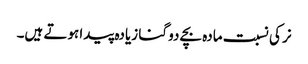
نر کی نسبت مادہ بچے دو گنا زیادہ پیدا ہوتے ہیں۔